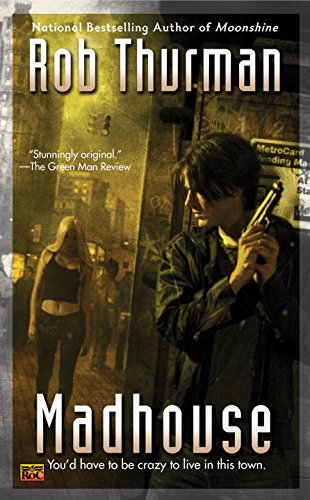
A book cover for Madhouse; Rob Thurman; Law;